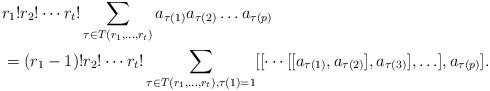
LaTeX: \begin{align*} &r_1!r_2!\cdots r_t!\sum_{\tau\in T(r_1, \ldots, r_t)}a_{\tau(1)}a_{\tau(2)}\ldots a_{\tau(p)}\\ &=(r_1-1)!r_2!\cdots r_t!\sum_{\tau\in T(r_1, \ldots, r_t),\tau(1)=1}[[\cdots[[a_{\tau(1)},a_{\tau(2)}],a_{\tau(3)}],\ldots],a_{\tau(p)}].\end{align*}